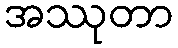
အဿုတာ